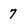
Character: 7